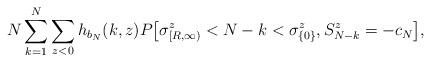
LaTeX: \begin{align*}N\sum_{k=1}^N\sum_{ z< 0}h_{b_N}(k,z) P\big[\sigma^{z}_{[R,\infty)}<N-k< \sigma_{\{0\}}^{z}, S^{z}_{N-k}=-c_N\big], \\\end{align*}